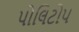
પોલિટોપ